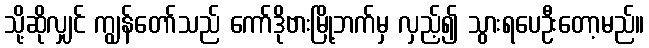
သို့ဆိုလျှင် ကျွန်တော်သည် ကော်ဒိုဗားမြို့ဘက်မှ လှည့်၍ သွားရပေဦးတော့မည်။